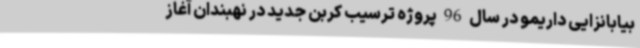
بیابانزایی داریمو در سال 96 پروژه ترسیب کربن جدید در نهبندان آغاز